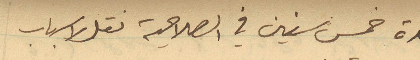
مدة خمس سنين في الصلاحية نقل لاسباب